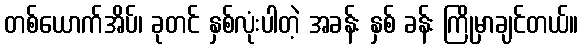
တစ်ယောက်အိပ်၊ ခုတင် နှစ်လုံးပါတဲ့ အခန်း နှစ် ခန်း ကြိုမှာချင်တယ်။